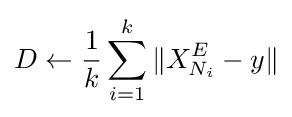
D\gets {\frac {1}{k}}\sum _{i=1}^{k}\|X_{N_{i}}^{E}-y\|